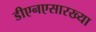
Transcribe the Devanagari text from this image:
डीएनएसारख्या